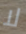
لا